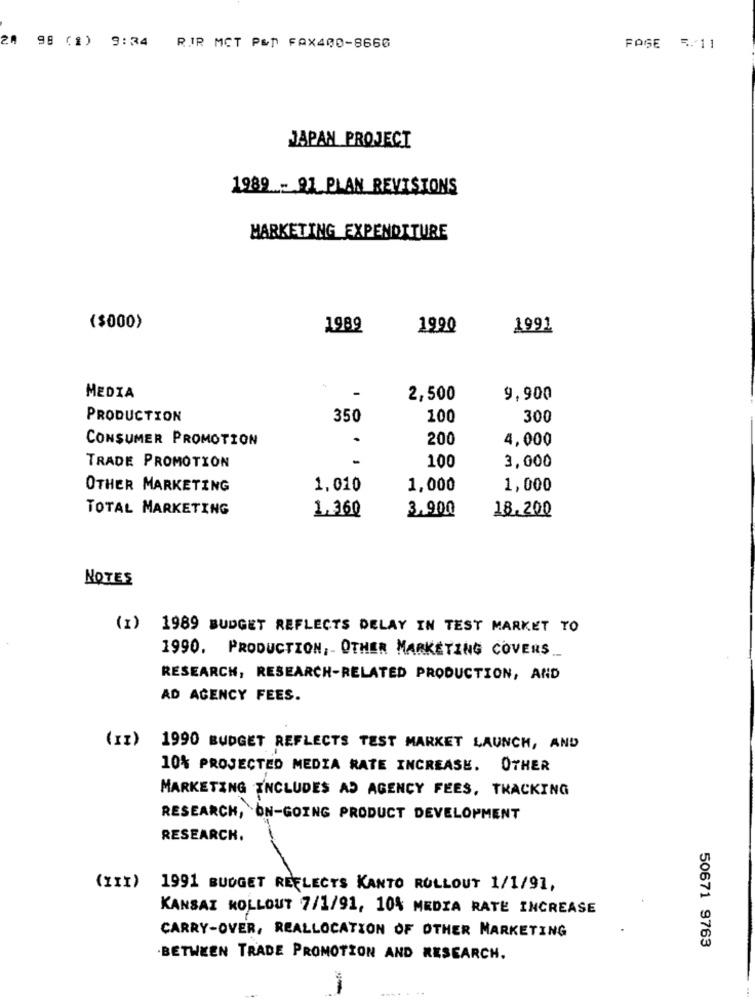
4 98 (1)
9:34
RIR MCT P&P FAX400-8666
FAGE 5.11
JAPAN PROJECT
1989 - 91 PLAN REVISIONS
MARKETING EXPENDITURE
($000)
1989
1990
1991
-
MEDIA
2,500
9,900
PRODUCTION
350
100
300
CONSUMER PROMOTION
.
200
4,000
100
TRADE PROMOTION
3,000
OTHER MARKETING
1.010
1,000
1,000
TOTAL MARKETING
1.360
3.900
18.200
NOTES
(1)
1989 BUDGET REFLECTS DELAY IN TEST MARKET TO
1990. PRODUCTION, OTHER MARKETING COVERS __
RESEARCH, RESEARCH-RELATED PRODUCTION, AND
AD AGENCY FEES.
(II)
1990 BUDGET REFLECTS TEST MARKET LAUNCH, AND
10% PROJECTED MEDIA RATE INCREASE. OTHER
MARKETING INCLUDES AD AGENCY FEES, TRACKING
RESEARCH, ON-GOING PRODUCT DEVELOPMENT
RESEARCH.
(III)
1991 BUDGET REFLECTS KANTO ROLLOUT 1/1/91,
KANSAI ROLLOUT 7/1/91, 10% MEDIA RATE INCREASE
CARRY-OVER, REALLOCATION OF OTHER MARKETING
50671 9763
.BETWEEN TRADE PROMOTION AND RESEARCH.